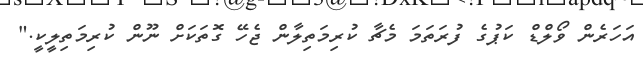
އަހަރެން ވޯލްޑް ކަޕުގެ ފުރަތަމަ މެޗާ ކުރިމަތިލާން ޖެހޭ ގޮތަކަށް ނޫން ކުރިމަތިލީކީ."